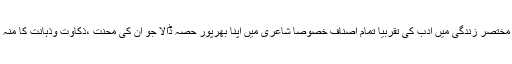
انھوں نے اپنی مختصر زندگی میں ادب کی تقربیاً تمام اصناف خصوصاً شاعری میں اپنا بھرپور حصہ ڈالا جو اُن کی محنت ،ذکاوت وذہانت کا منہ بولتا ثبوت ہے۔